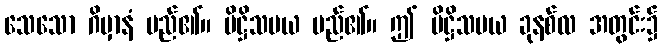
သေသော ဂိမှာနံ မည်၏။ ပိဋ္ဌိသမယ မည်၏။ ဤ ပိဋ္ဌိသမယ ခုနစ်လ အတွင်း၌